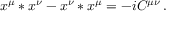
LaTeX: x ^ { \mu } * x ^ { \nu } - x ^ { \nu } * x ^ { \mu } = - i C ^ { \mu \nu } \, .